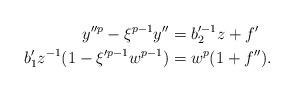
LaTeX: \begin{align*} y''^p - \xi^{p-1} y'' & = b_2'^{-1} z+ f' \\ b_1' z^{-1} (1- \xi'^{p-1} w^{p-1}) & = w^p (1 + f''). \end{align*}